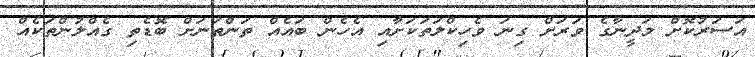
އަސަރުކޮށް މަދީނާގެ ވަރަށް ގިނަ ވެހިކްލަތަކަށާއި އެހެން ބައެއް ތަންތަނަށް ބޮޑެތި ގެއްލުންތަކެއް